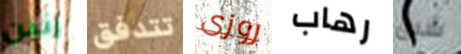
رنين تتدفق روزى رهاب شبق